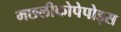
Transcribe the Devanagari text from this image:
मछलीकोपेपोड्स